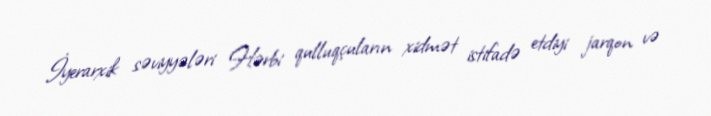
İyerarxik səviyyələri Hərbi qulluqçuların xidmət istifadə etdiyi jarqon və